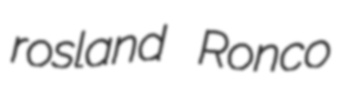
rosland Ronco